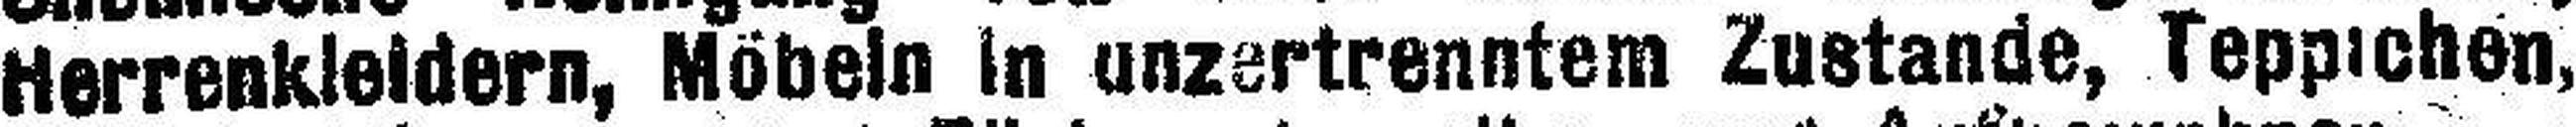
Herrenkleidern, Möbeln in unzertrenntem Zustande, Teppichen,